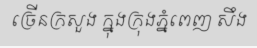
ច្រើនក្រសួង ក្នុងក្រុងភ្នំពេញ សឹង